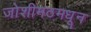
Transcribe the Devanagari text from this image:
जोशीमठमधून